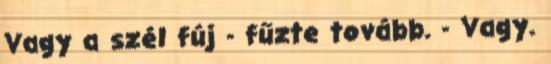
Vagy a szél fúj - fűzte tovább. - Vagy.